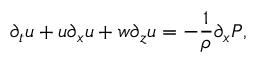
\partial _ { t } u + u \partial _ { x } u + w \partial _ { z } u = - \frac { 1 } { \rho } \partial _ { x } P ,